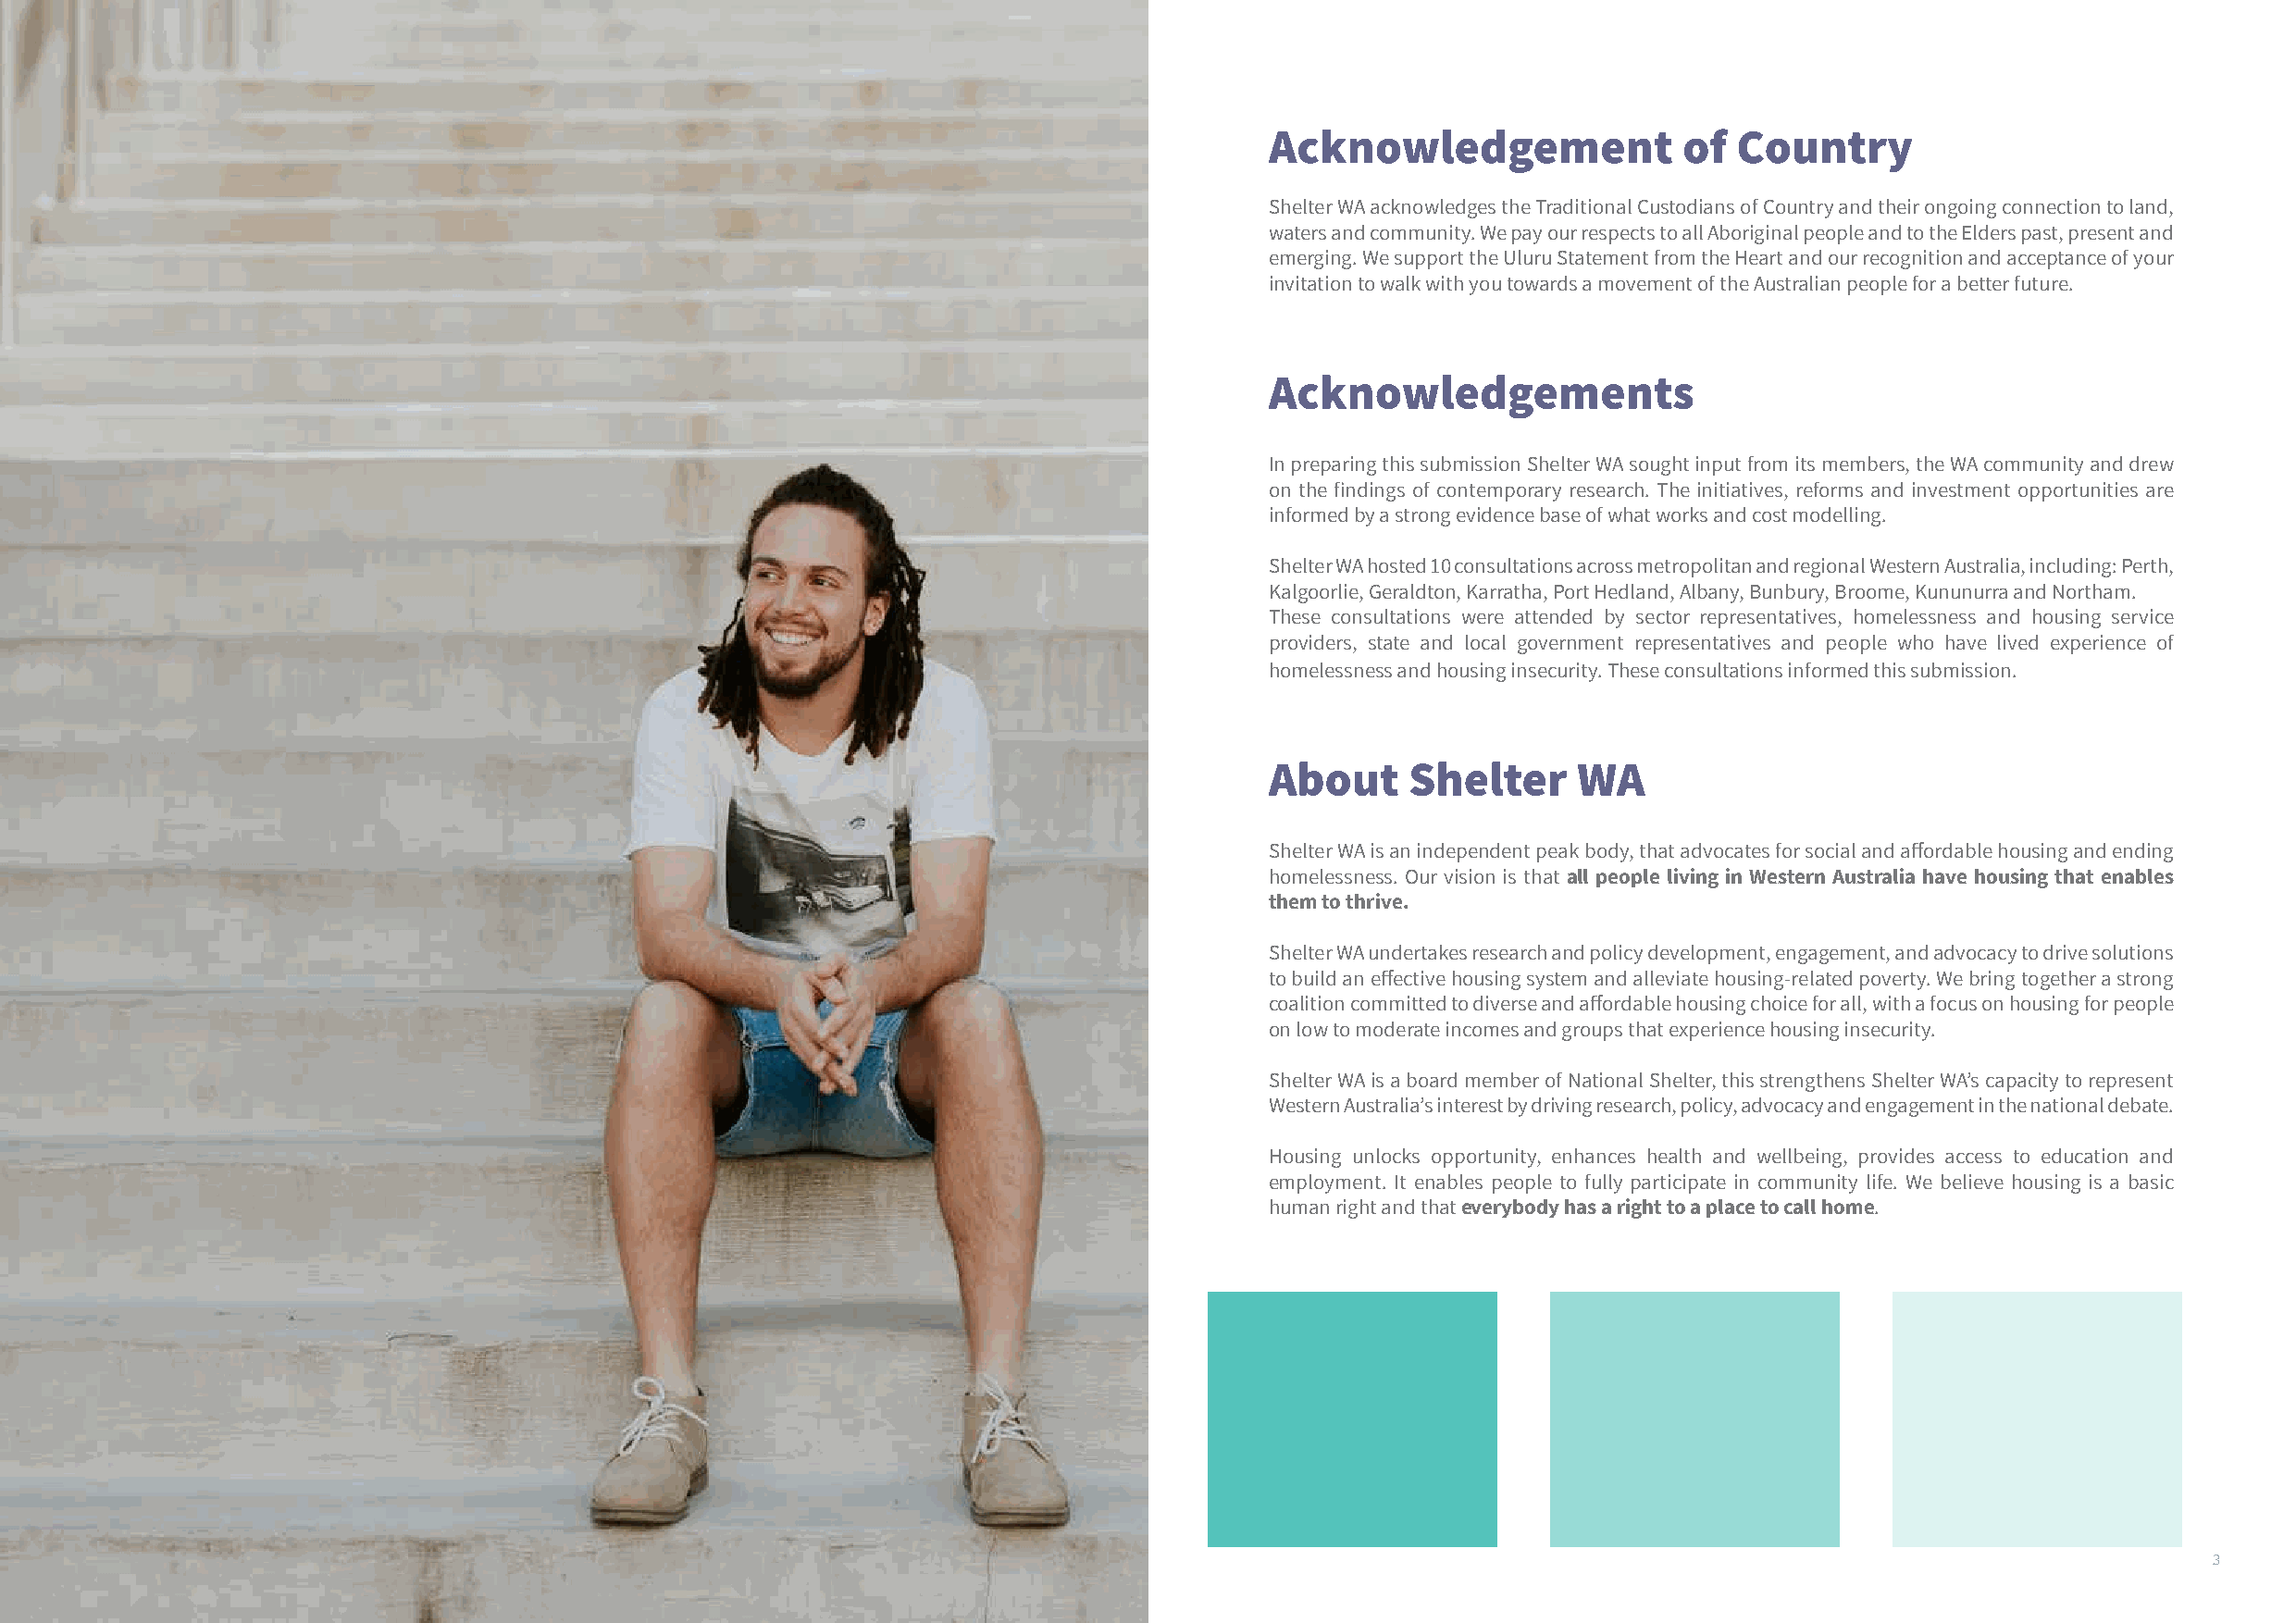
Acknowledgement              of  Country
 Shelter WA acknowledges the Traditional Custodians of Country and their ongoing connection to land,
 waters and community. We pay our respects to all Aboriginal people and to the Elders past, present and
 emerging. We support the Uluru Statement from the Heart and our recognition and acceptance of your
 invitation to walk with you towards a movement of the Australian people for a better future.
 Acknowledgements
 In preparing this submission Shelter WA sought input from its members, the WA community and drew
 on the findings of contemporary research. The initiatives, reforms and investment opportunities are
 informed by a strong evidence base of what works and cost modelling.
 Shelter WA hosted 10 consultations across metropolitan and regional Western Australia, including: Perth,
 Kalgoorlie, Geraldton, Karratha, Port Hedland, Albany, Bunbury, Broome, Kununurra and Northam.
 These consultations were attended by sector representatives, homelessness and housing service
 providers, state and local government representatives and people who have lived experience of
 homelessness and housing insecurity. These consultations informed this submission.
 About     Shelter     WA
 Shelter WA is an independent peak body, that advocates for social and affordable housing and ending
 homelessness. Our vision is that all people living in Western Australia have housing that enables
 them to thrive.
 Shelter WA undertakes research and policy development, engagement, and advocacy to drive solutions
 to build an effective housing system and alleviate housing-related poverty. We bring together a strong
 coalition committed to diverse and affordable housing choice for all, with a focus on housing for people
 on low to moderate incomes and groups that experience housing insecurity.
 Shelter WA is a board member of National Shelter, this strengthens Shelter WA’s capacity to represent
 Western Australia’s interest by driving research, policy, advocacy and engagement in the national debate.
 Housing unlocks opportunity, enhances health and wellbeing, provides access to education and
 employment. It enables people to fully participate in community life. We believe housing is a basic
 human right and that everybody has a right to a place to call home.
 3